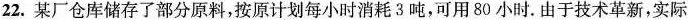
22.某厂仓库储存了部分原料，按原计划每小时消耗3吨，可用80小时。由于技术革新，实际